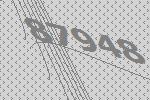
87948